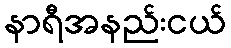
နာရီအနည်းငယ်